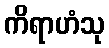
ကိရာဟံသု